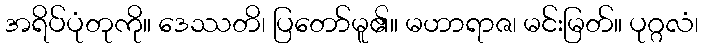
အရိပ်ပုံတုကို။ ဒေဿတိ၊ ပြတော်မူ၏။ မဟာရာဇ၊ မင်းမြတ်။ ပုဂ္ဂလံ၊